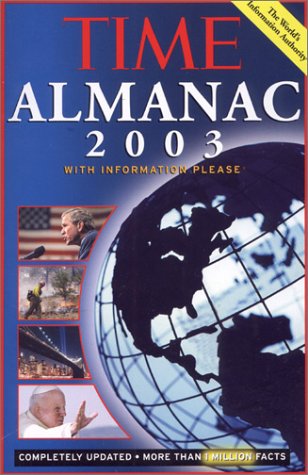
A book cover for Time: Almanac 2003; Borgna Brunner; Humor & Entertainment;